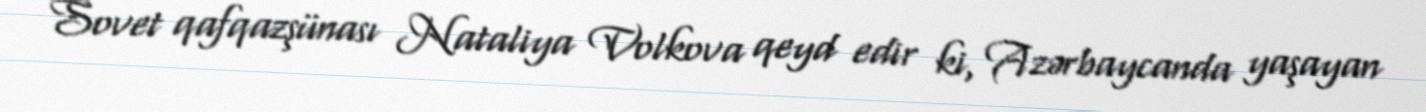
Sovet qafqazşünası Nataliya Volkova qeyd edir ki, Azərbaycanda yaşayan